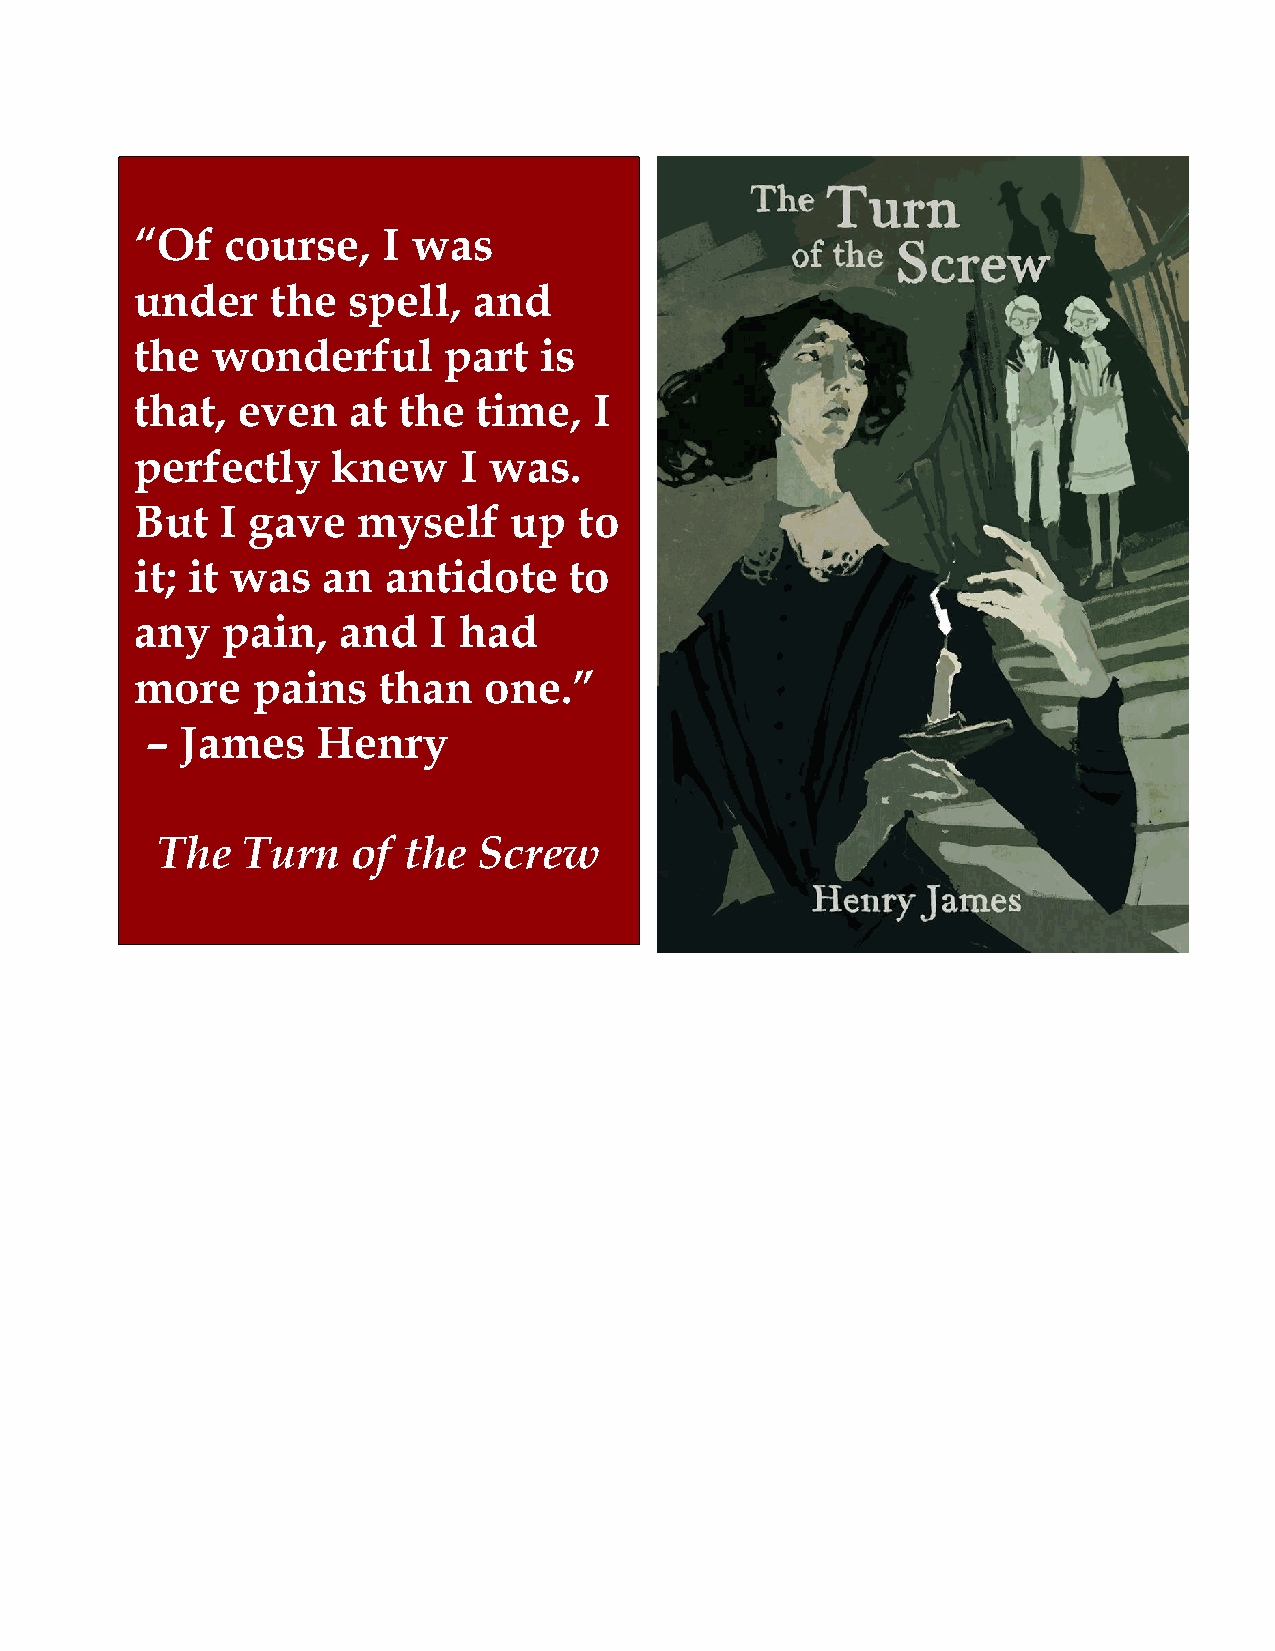
“Of   course,   I was
 under    the  spell,  and
 the  wonderful      part   is
 that,  even   at the   time,  I
 perfectly    knew    I was.
 But   I gave   myself    up  to
 it; it was  an  antidote     to
 any   pain,  and   I had
 more    pains   than   one.”
 – James    Henry
 The   Turn   of  the  Screw